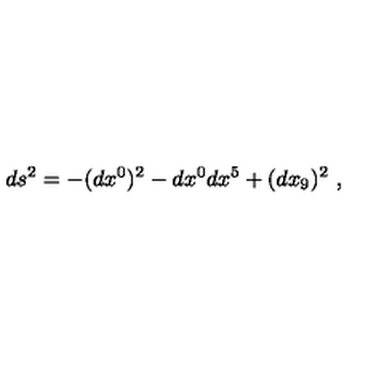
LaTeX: d s ^ { 2 } = - ( d x ^ { 0 } ) ^ { 2 } - d x ^ { 0 } d x ^ { 5 } + ( d x _ { 9 } ) ^ { 2 } \ ,